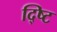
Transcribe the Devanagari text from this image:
द्ष्टि